Reports on dispensaries and lunatic asylums in the Province of Oudh - 1869-1876
Year: 1869
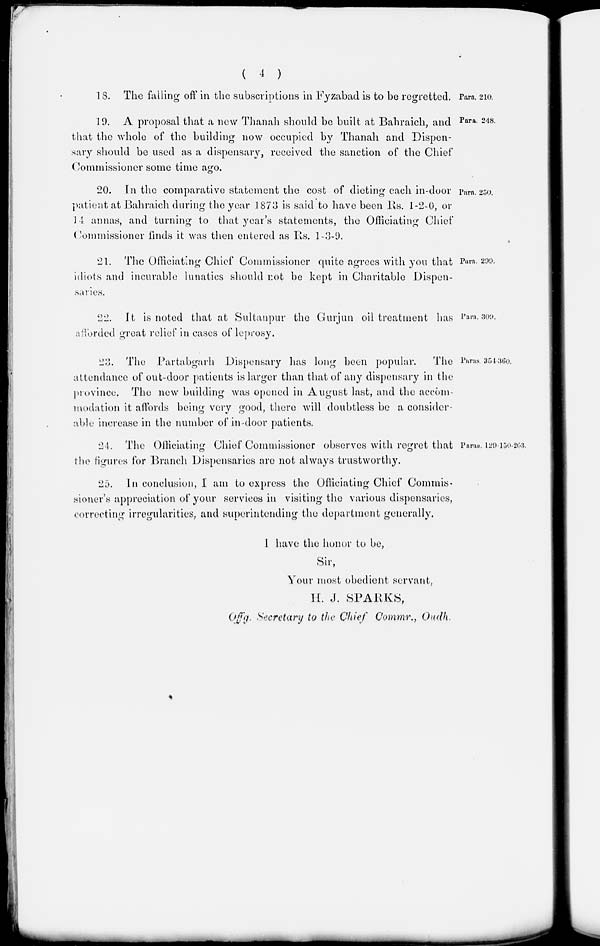
( 4 )
Para. 210.
18. The falling off in the subscriptions in Fyzabad is to be regretted.
Para. 248.
19. A proposal that a new Thanah should be built at Bahraich, and
that the whole of the building now occupied by Thanah and Dispen-
sary should be used as a dispensary, received the sanction of the Chief
Commissioner some time ago.
Para. 250.
20. In the comparative statement the cost of dieting each in-door
patient at Bahraich during the year 1873 is said to have been Rs. 1-2-0, or
14 annas, and turning to that year's statements, the Officiating Chief
Commissioner finds it was then entered as Rs. 1-3-9.
Para. 299.
21. The Officiating Chief Commissioner quite agrees with you that
idiots and incurable lunatics should not be kept in Charitable Dispen-
saries.
Para. 309.
22. It is noted that at Sultanpur the Gurjun oil treatment has
afforded great relief in cases of leprosy.
Paras. 354-360.
23. The Partabgarh Dispensary has long been popular.
The
attendance of out-door patients is larger than that of any dispensary in the
province. The new building was opened in August last, and the accom-
modation it affords being very good, there will doubtless be a consider-
able increase in the number of in-door patients.
Paras. 129-150-263.
21. The Officiating Chief Commissioner observes with regret that
the figures for Branch Dispensaries are not always trustworthy.
25. In conclusion, I am to express the Officiating Chief Commis-
sioner's appreciation of your services in visiting the various dispensaries,
correcting irregularities, and superintending the department generally.
I have the honor to be,
Sir,
Your most obedient servant,
H. J. SPARKS,
Offg. Secretary to the Chief Commr., Oudh.